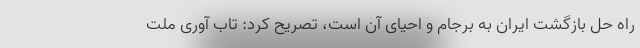
راه حل بازگشت ایران به برجام و احیای آن است، تصریح کرد: تاب آوری ملت